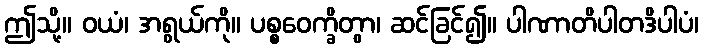
ဤသို့။ ဝယံ၊ အရွယ်ကို။ ပစ္စဝေက္ခိတွာ၊ ဆင်ခြင်၍။ ပါဏာတိပါတဒိပါပံ၊